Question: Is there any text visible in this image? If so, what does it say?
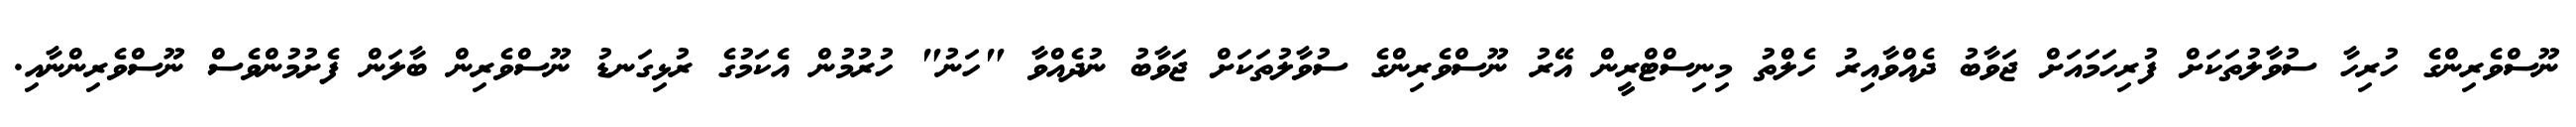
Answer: ނޫސްވެރިންގެ ހުރިހާ ސުވާލުތަކަށް ފުރިހަމައަށް ޖަވާބު ދެއްވާއިރު ހެލްތު މިނިސްޓްރީން އޭރު ނޫސްވެރިންގެ ސުވާލުތަކަށް ޖަވާބު ނުދެއްވާ "ހަނު" ހުރުމުން އެކަމުގެ ރުޅިގަނޑު ނޫސްވެރިން ބާލަން ފެށުމުންވެސް ނޫސްވެރިންނާއި.